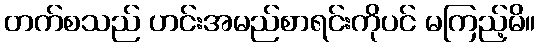
တက်စသည် ဟင်းအမည်စာရင်းကိုပင် မကြည့်မိ။